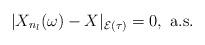
LaTeX: \begin{align*}| X_{n_l}(\omega) - X |_{\mathcal{E}(\tau)} = 0,\textrm{ a.s. }\end{align*}